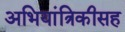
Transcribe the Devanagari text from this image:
अभियांत्रिकीसह